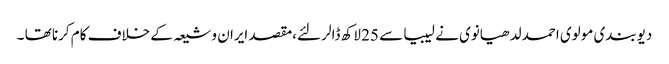
دیوبندی مولوی احمد لدھیانوی نے لیبیا سے 25 لاکھ ڈالر لئے،مقصد ایران و شیعہ کے خلاف کام کرنا تھا ۔